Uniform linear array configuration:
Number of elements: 48
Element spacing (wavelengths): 0.25
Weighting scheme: kaiser
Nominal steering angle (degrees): -60
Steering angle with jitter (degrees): -58.685
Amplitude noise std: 0.05
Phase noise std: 0.05

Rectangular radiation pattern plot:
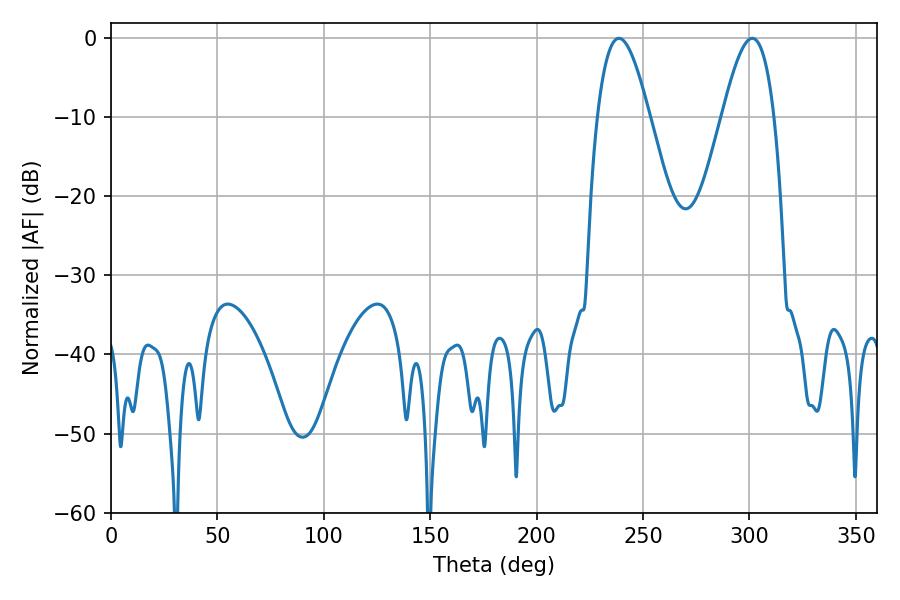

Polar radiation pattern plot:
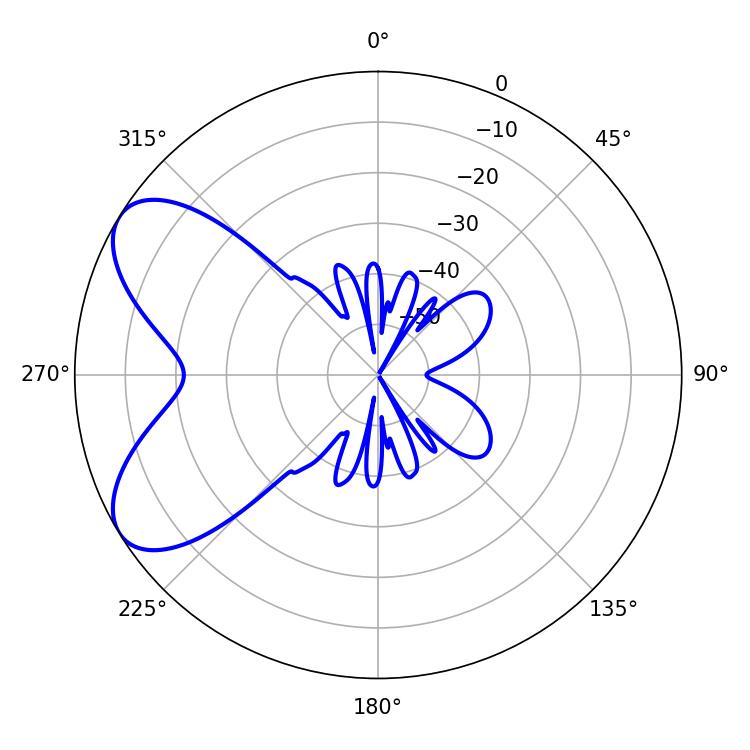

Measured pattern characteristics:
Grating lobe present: FALSE
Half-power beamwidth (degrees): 13.14
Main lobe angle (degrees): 238.68